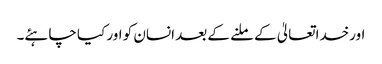
اورخداتعالیٰ کے ملنے کے بعد انسان کو اور کیا چاہئے۔